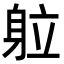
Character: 䠴